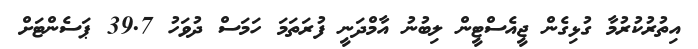
އިތުރުކުރުމާ ގުޅިގެން ޖީއެސްޓީން ލިބުނު އާމްދަނީ ފުރަތަމަ ހަމަސް ދުވަހު 39.7 ޕަސެންޓަށް